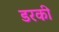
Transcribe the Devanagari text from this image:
डरकी